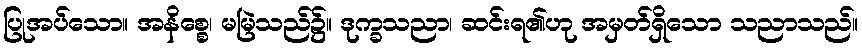
ပြုအပ်သော။ အနိစ္စေ၊ မမြဲသည်၌။ ဒုက္ခသညာ၊ ဆင်းရ၏ဟု အမှတ်ရှိသော သညာသည်။